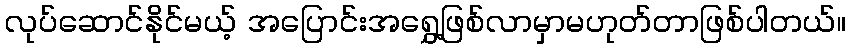
လုပ်ဆောင်နိုင်မယ့် အပြောင်းအရွှေ့ဖြစ်လာမှာမဟုတ်တာဖြစ်ပါတယ်။